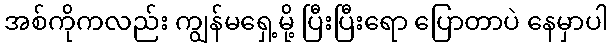
အစ်ကိုကလည်း ကျွန်မရှေ့မို့ ပြီးပြီးရော ပြောတာပဲ နေမှာပါ